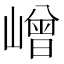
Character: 嶒